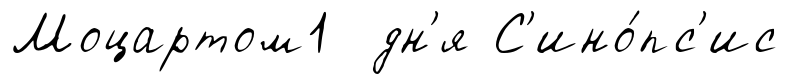
Моцартом1 дн'я С'ино́пс'ис